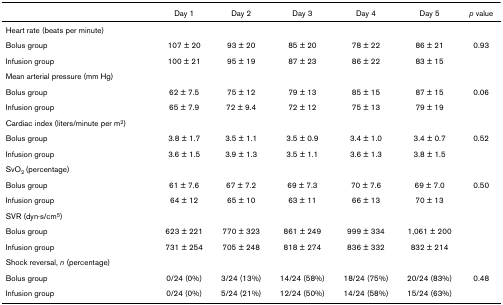
<table><thead><tr><td></td><td><b>Day 1</b></td><td><b>Day 2</b></td><td><b>Day 3</b></td><td><b>Day 4</b></td><td><b>Day 5</b></td><td><b><i>p </i>value</b></td></tr></thead><tbody><tr><td>Heart rate (beats per minute)</td><td></td><td></td><td></td><td></td><td></td><td></td></tr><tr><td>Bolus group</td><td>107 ± 20</td><td>93 ± 20</td><td>85 ± 20</td><td>78 ± 22</td><td>86 ± 21</td><td>0.93</td></tr><tr><td>Infusion group</td><td>100 ± 21</td><td>95 ± 19</td><td>87 ± 23</td><td>86 ± 22</td><td>83 ± 15</td><td></td></tr><tr><td>Mean arterial pressure (mm Hg)</td><td></td><td></td><td></td><td></td><td></td><td></td></tr><tr><td>Bolus group</td><td>62 ± 7.5</td><td>75 ± 12</td><td>79 ± 13</td><td>85 ± 15</td><td>87 ± 15</td><td>0.06</td></tr><tr><td>Infusion group</td><td>65 ± 7.9</td><td>72 ± 9.4</td><td>72 ± 12</td><td>75 ± 13</td><td>79 ± 19</td><td></td></tr><tr><td>Cardiac index (liters/minute per m<sup>2</sup>)</td><td></td><td></td><td></td><td></td><td></td><td></td></tr><tr><td>Bolus group</td><td>3.8 ± 1.7</td><td>3.5 ± 1.1</td><td>3.5 ± 0.9</td><td>3.4 ± 1.0</td><td>3.4 ± 0.7</td><td>0.52</td></tr><tr><td>Infusion group</td><td>3.6 ± 1.5</td><td>3.9 ± 1.3</td><td>3.5 ± 1.1</td><td>3.6 ± 1.3</td><td>3.8 ± 1.5</td><td></td></tr><tr><td>SvO<sub>2 </sub>(percentage)</td><td></td><td></td><td></td><td></td><td></td><td></td></tr><tr><td>Bolus group</td><td>61 ± 7.6</td><td>67 ± 7.2</td><td>69 ± 7.3</td><td>70 ± 7.6</td><td>69 ± 7.0</td><td>0.50</td></tr><tr><td>Infusion group</td><td>64 ± 12</td><td>65 ± 10</td><td>63 ± 11</td><td>66 ± 13</td><td>70 ± 13</td><td></td></tr><tr><td>SVR (dyn·s/cm<sup>5</sup>)</td><td></td><td></td><td></td><td></td><td></td><td></td></tr><tr><td>Bolus group</td><td>623 ± 221</td><td>770 ± 323</td><td>861 ± 249</td><td>999 ± 334</td><td>1,061 ± 200</td><td></td></tr><tr><td>Infusion group</td><td>731 ± 254</td><td>705 ± 248</td><td>818 ± 274</td><td>836 ± 332</td><td>832 ± 214</td><td></td></tr><tr><td>Shock reversal, <i>n </i>(percentage)</td><td></td><td></td><td></td><td></td><td></td><td></td></tr><tr><td>Bolus group</td><td>0/24 (0%)</td><td>3/24 (13%)</td><td>14/24 (58%)</td><td>18/24 (75%)</td><td>20/24 (83%)</td><td>0.48</td></tr><tr><td>Infusion group</td><td>0/24 (0%)</td><td>5/24 (21%)</td><td>12/24 (50%)</td><td>14/24 (58%)</td><td>15/24 (63%)</td><td></td></tr></tbody></table>